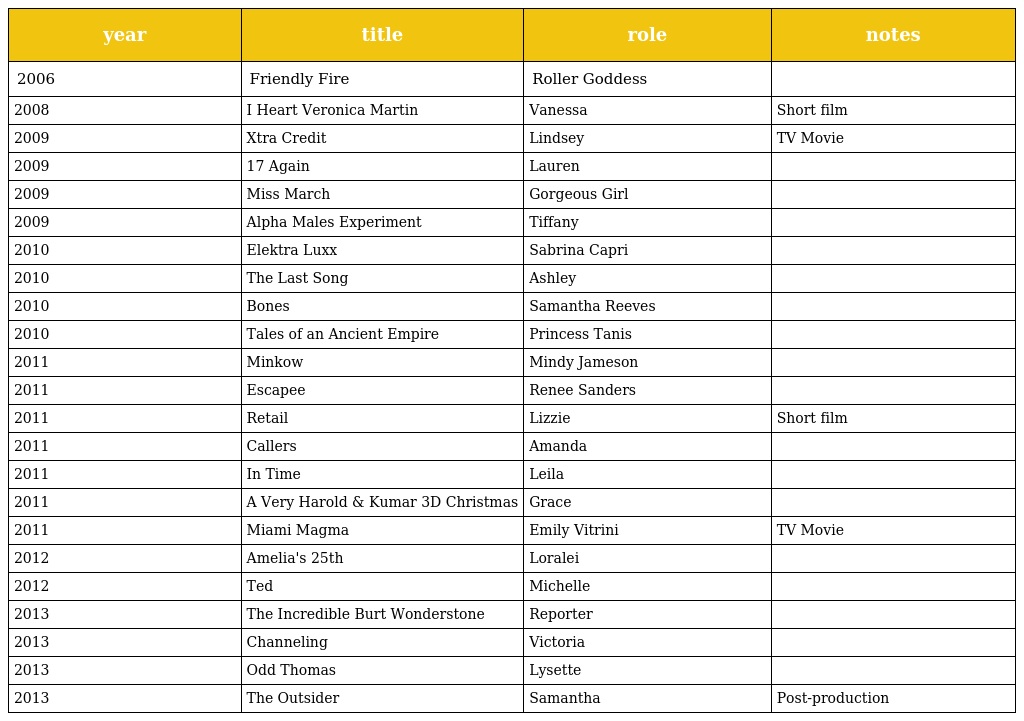
| year | title | role | notes |
 | --- | --- | --- | --- |
 | 2006 | Friendly Fire | Roller Goddess |  |
 | 2008 | I Heart Veronica Martin | Vanessa | Short film |
 | 2009 | Xtra Credit | Lindsey | TV Movie |
 | 2009 | 17 Again | Lauren |  |
 | 2009 | Miss March | Gorgeous Girl |  |
 | 2009 | Alpha Males Experiment | Tiffany |  |
 | 2010 | Elektra Luxx | Sabrina Capri |  |
 | 2010 | The Last Song | Ashley |  |
 | 2010 | Bones | Samantha Reeves |  |
 | 2010 | Tales of an Ancient Empire | Princess Tanis |  |
 | 2011 | Minkow | Mindy Jameson |  |
 | 2011 | Escapee | Renee Sanders |  |
 | 2011 | Retail | Lizzie | Short film |
 | 2011 | Callers | Amanda |  |
 | 2011 | In Time | Leila |  |
 | 2011 | A Very Harold & Kumar 3D Christmas | Grace |  |
 | 2011 | Miami Magma | Emily Vitrini | TV Movie |
 | 2012 | Amelia's 25th | Loralei |  |
 | 2012 | Ted | Michelle |  |
 | 2013 | The Incredible Burt Wonderstone | Reporter |  |
 | 2013 | Channeling | Victoria |  |
 | 2013 | Odd Thomas | Lysette |  |
 | 2013 | The Outsider | Samantha | Post-production |